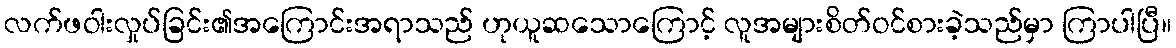
လက်ဖဝါးလှုပ်ခြင်း၏အကြောင်းအရာသည် ဟုယူဆသောကြောင့် လူအများစိတ်ဝင်စားခဲ့သည်မှာ ကြာပါပြီ။